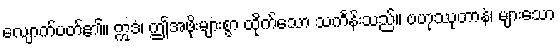
လျောက်ပတ်၏။ ဣဒံ၊ ဤအဖိုးများစွာ ထိုက်သော သင်္ကန်းသည်။ ဗဟုဿုတာနံ၊ များသော